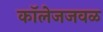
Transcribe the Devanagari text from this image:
कॉलेजजवळ